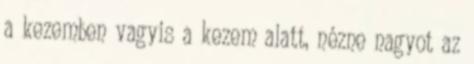
a kezemben vagyis a kezem alatt, nézne nagyot az